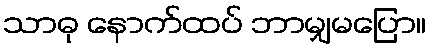
သာဓု နောက်ထပ် ဘာမျှမပြော။